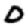
Digit: 0